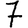
Digit: 7